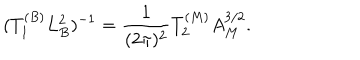
( T _ { 1 } ^ { ( B ) } L _ { B } ^ { 2 } ) ^ { - 1 } = { \frac { 1 } { ( 2 \pi ) ^ { 2 } } } T _ { 2 } ^ { ( M ) } A _ { M } ^ { 3 / 2 } .